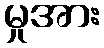
မှုအား